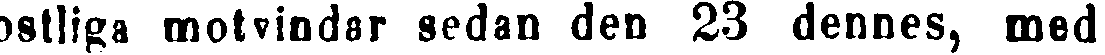
ostliga motvindar sedan den 23 dennes, med